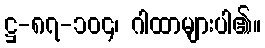
ဋ္ဌ-၈၇-၁၀၄၊ ဂါထာများပါ၏။